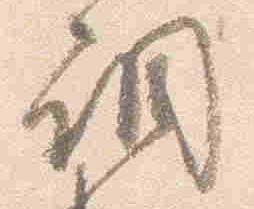
調